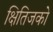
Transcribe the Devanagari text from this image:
क्षितिजको